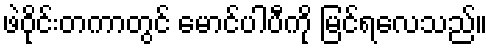
ဖဲဝိုင်းတကာတွင် မောင်ပါပီကို မြင်ရလေသည်။